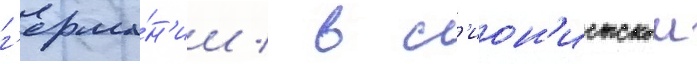
г'ерма́н'ии / в с'ион'истскои